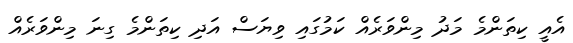
އެއީ ކިތަންމެ މަދު މިންވަރެއް ކަމުގައި ވިޔަސް އަދި ކިތަންމެ ގިނަ މިންވަރެއް